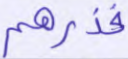
فذرهم